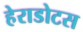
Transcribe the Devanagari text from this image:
हेराडोटस